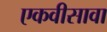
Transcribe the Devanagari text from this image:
एकवीसावा